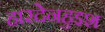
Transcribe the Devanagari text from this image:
हारदेनहुइश